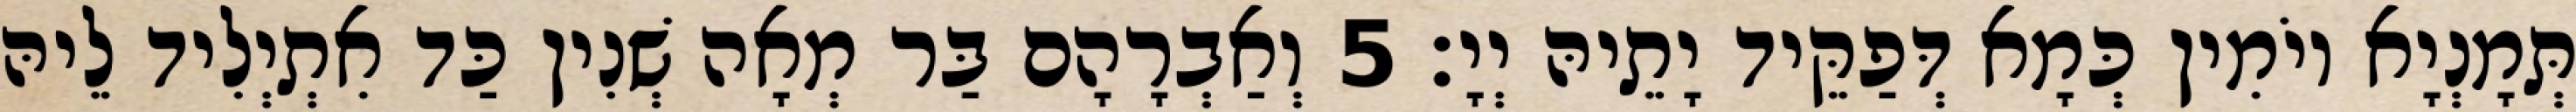
תְּמָנְיָא יוֹמִין כְּמָא דְּפַקֵּיד יָתֵיהּ יְיָ׃ 5 וְאַבְרָהָם בַּר מְאָה שְׁנִין כַּד אִתְיְלִיד לֵיהּ